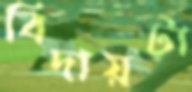
বিদায়টা